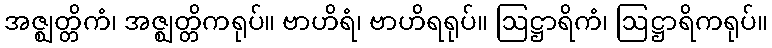
အဇ္ဈတ္တိကံ၊ အဇ္ဈတ္တိကရုပ်။ ဗာဟိရံ၊ ဗာဟိရရုပ်။ ဩဋ္ဌာရိကံ၊ ဩဋ္ဌာရိကရုပ်။